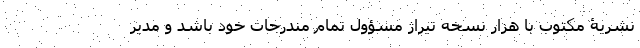
نشریۀ مکتوب با هزار نسخه تیراژ مسؤول تمام مندرجات خود باشد و مدیر